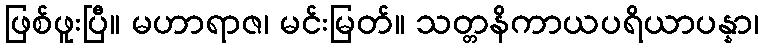
ဖြစ်ဖူးပြီ။ မဟာရာဇ၊ မင်းမြတ်။ သတ္တနိကာယပရိယာပန္နာ၊